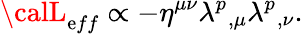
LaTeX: {\calL}_{\mathrm{e}ff}\propto-\eta^{\mu\nu}\lambda^{p}{}_{,\mu}\lambda^{p}{}_{,\nu}.